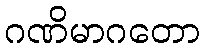
ဂဏိမာဂတော